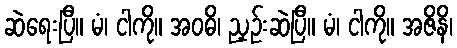
ဆဲရေးပြီ။ မံ၊ ငါကို။ အဝဓိ၊ ညှဉ်းဆဲပြီ။ မံ၊ ငါကို။ အဇိနိ၊